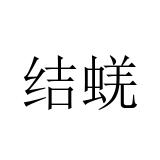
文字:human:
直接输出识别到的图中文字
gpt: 结蜣